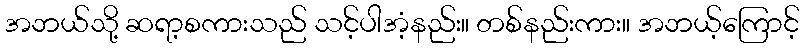
အဘယ်သို့ ဆရာ့စကားသည် သင့်ပါအံ့နည်း။ တစ်နည်းကား။ အဘယ့်ကြောင့်